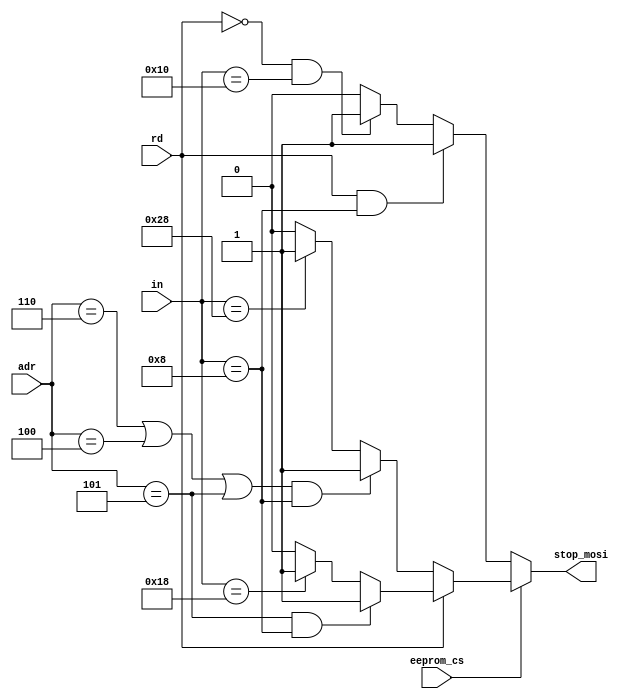
//  MOSI
module htpa_mosi(
	input wire [5:0] in,
	input wire rd,
	input wire [7:0] adr,
	input wire eeprom_cs,
	output reg stop_mosi
	);

always @ (in,rd,eeprom_cs) begin
	stop_mosi=0;
	if (eeprom_cs == 0) begin //
		if ((rd == 1)&&(in == 8)) 
			stop_mosi = 1;
		else if ((rd == 0)&&(in==16)) 
			stop_mosi = 1;	
	end
	else begin //  EEPROM   (8-, 16 )
		if (rd == 1) begin
			if ((adr==5)&&(in==8)) 
				stop_mosi = 1;	
			else if (in==24)
				stop_mosi = 1;	
		end
		else begin //  EEPROM
			if(((adr==6)||(adr==4)||(adr==5))&&(in==8)) 
				stop_mosi = 1;			
			else if (in==40)
				stop_mosi = 1;
		end
	end	
end
endmodule